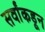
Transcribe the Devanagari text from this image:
सर्वांकडून